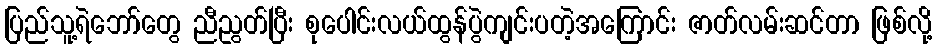
ပြည်သူ့ရဲဘော်တွေ ညီညွတ်ပြီး စုပေါင်းလယ်ထွန်ပွဲကျင်းပတဲ့အကြောင်း ဇာတ်လမ်းဆင်တာ ဖြစ်လို့